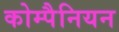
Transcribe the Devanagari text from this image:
कोम्पैनियन